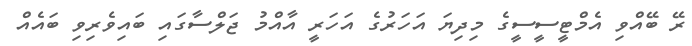
ރޭ ބޭއްވި އެމްޓީސީސީގެ މިދިޔަ އަހަރުގެ އަހަރީ އާއްމު ޖަލްސާގައި ބައިވެރިވި ބައެއް